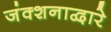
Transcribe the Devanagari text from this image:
जंक्शनाद्वारे